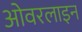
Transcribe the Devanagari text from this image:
ओवरलाइन